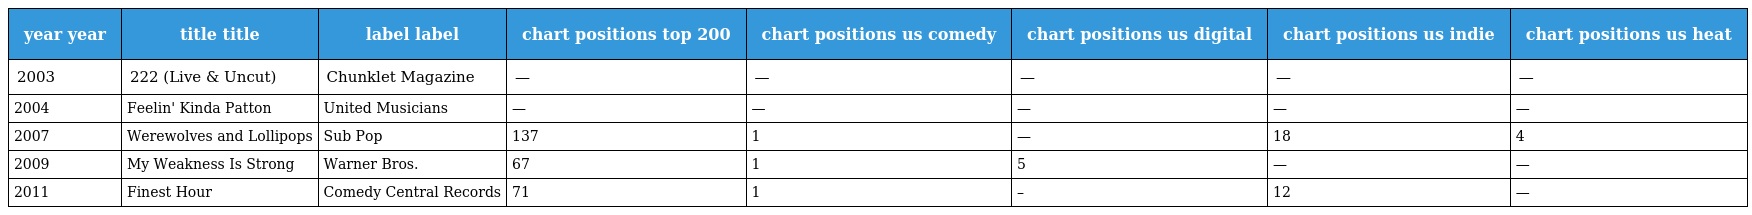
| year year | title title | label label | chart positions top 200 | chart positions us comedy | chart positions us digital | chart positions us indie | chart positions us heat |
 | --- | --- | --- | --- | --- | --- | --- | --- |
 | 2003 | 222 (Live & Uncut) | Chunklet Magazine | — | — | — | — | — |
 | 2004 | Feelin' Kinda Patton | United Musicians | — | — | — | — | — |
 | 2007 | Werewolves and Lollipops | Sub Pop | 137 | 1 | — | 18 | 4 |
 | 2009 | My Weakness Is Strong | Warner Bros. | 67 | 1 | 5 | — | — |
 | 2011 | Finest Hour | Comedy Central Records | 71 | 1 | – | 12 | — |